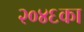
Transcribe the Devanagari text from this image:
२०४६का